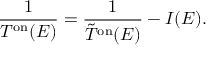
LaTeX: \frac { 1 } { T ^ { \mathrm { o n } } ( E ) } = \frac { 1 } { \tilde { T } ^ { \mathrm { o n } } ( E ) } - I ( E ) .